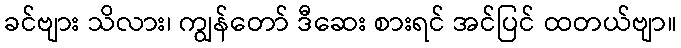
ခင်ဗျား သိလား၊ ကျွန်တော် ဒီဆေး စားရင် အင်ပြင် ထတယ်ဗျာ။